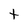
Character: t